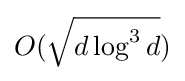
O({\sqrt {d\log ^{3}d}})